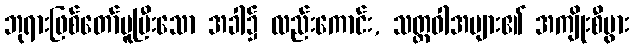
ဘုရားဖြစ်တော်မူပြီးသော အခါ၌ လည်းကောင်း, သတ္တဝါအများ၏ အကျိုးစီပွား